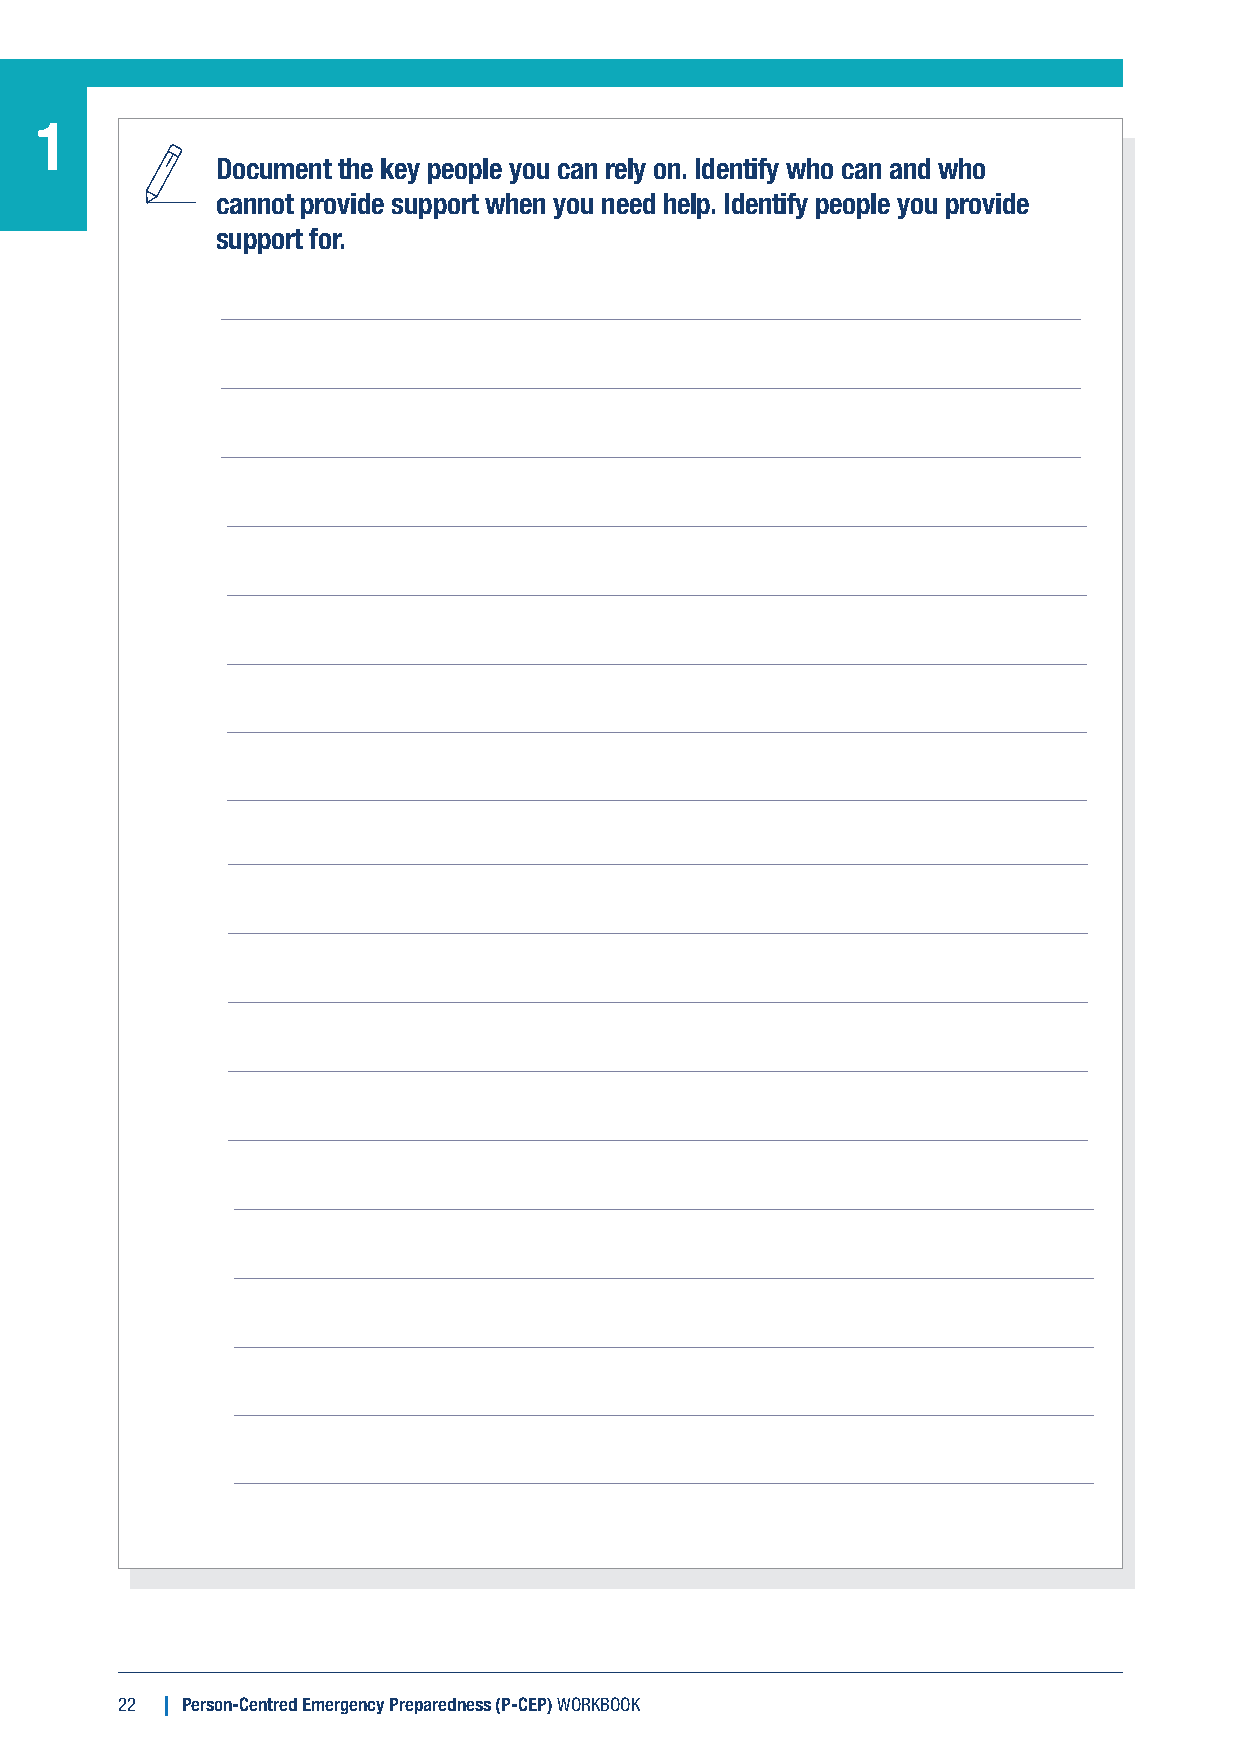
1
 Document the key people you can rely on. Identify who can and who
 cannot provide support when you need help. Identify people you provide
 support for.
 22  Person-Centred Emergency Preparedness (P-CEP) WORKBOOK